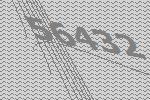
56432